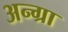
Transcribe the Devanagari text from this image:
अन्ग्रा